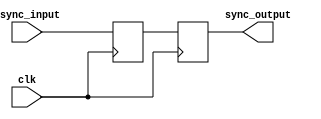
module master_slave_synchronizer (
    input wire clk,            // Clock signal
    input wire async_input,    // Asynchronous input signal
    output reg sync_output      // Synchronized output signal
);

    reg master_ff;             // Master flip-flop

    // Master Flip-Flop: Captures the asynchronous input on rising edge of the clock
    always @(posedge clk) begin
        master_ff <= async_input; // Sample async input on rising edge
    end

    // Slave Flip-Flop: Captures the master flip-flop output on falling edge of the clock
    always @(negedge clk) begin
        sync_output <= master_ff; // Sample master output on falling edge
    end

endmodule